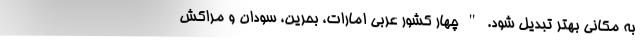
به مکانی بهتر تبدیل شود. " چهار کشور عربی امارات، بحرین، سودان و مراکش